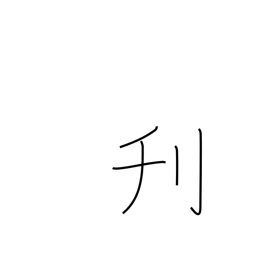
Meaning: whittle